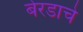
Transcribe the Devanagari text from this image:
बेरडाचे